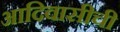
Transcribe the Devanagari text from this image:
आदिवासीची